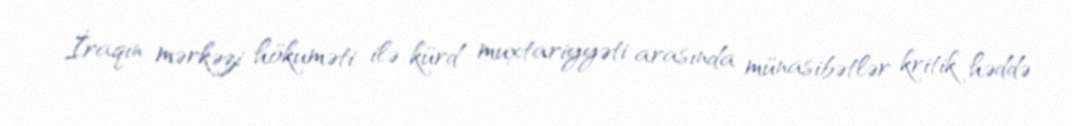
İraqın mərkəzi hökuməti ilə kürd muxtariyyəti arasında münasibətlər kritik həddə